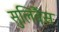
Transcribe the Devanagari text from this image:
सुलिवैंस